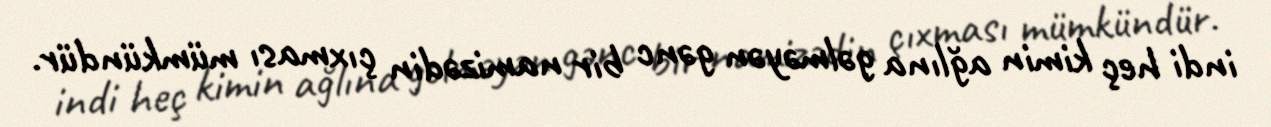
indi heç kimin ağlına gəlməyən gənc bir namizədin çıxması mümkündür.